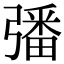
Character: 𢐠